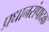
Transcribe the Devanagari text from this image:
प्रधानसंपादक